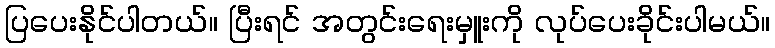
ပြပေးနိုင်ပါတယ်။ ပြီးရင် အတွင်းရေးမှူးကို လုပ်ပေးခိုင်းပါမယ်။